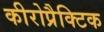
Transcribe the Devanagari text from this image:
कीरोप्रैक्टिक